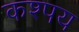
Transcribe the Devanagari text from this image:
कश्पय